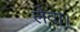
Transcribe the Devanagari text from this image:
लेवा।